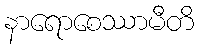
နာရောစေဿာမီတိ